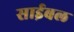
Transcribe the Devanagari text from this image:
साईबल